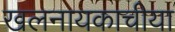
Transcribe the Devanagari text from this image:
खलनायकाचीया